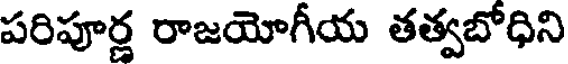
పరిపూర్ణ రాజయోగీయ తత్వబోధిని